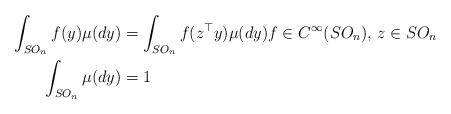
\begin{align*}\int_{SO_n} f(y)\mu(dy) &= \int_{SO_n} f(z^\top y)\mu(dy) f\in C^\infty(SO_n),\,z\in SO_n\\\int_{SO_n} \mu(dy) &= 1\end{align*}